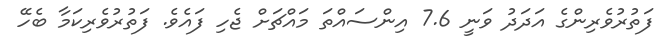
ފަތުރުވެރިންގެ އަދަދު ވަނީ 7.6 އިންސައްތަ މައްޗަށް ޖެހި ފައެވެ. ފަތުރުވެރިކަމާ ބެހޭ